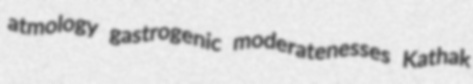
atmology gastrogenic moderatenesses Kathak